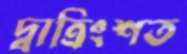
দ্বাত্রিংশত